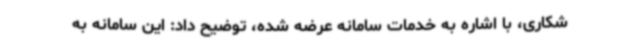
شکاری، با اشاره به خدمات سامانه عرضه شده، توضیح داد: این سامانه به